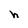
Character: h